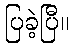
ပြခဲ့ပြီ။